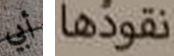
أبي نقودها